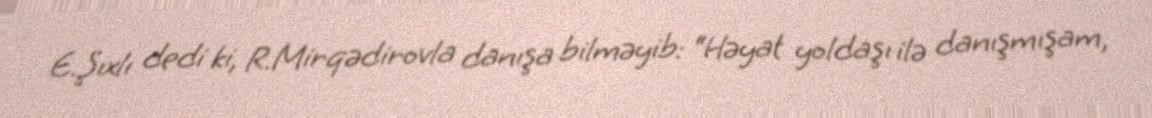
E.Şıxlı dedi ki, R.Mirqədirovla danışa bilməyib: “Həyat yoldaşı ilə danışmışam,